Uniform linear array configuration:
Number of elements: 8
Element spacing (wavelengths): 0.25
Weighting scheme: kaiser
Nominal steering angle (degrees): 30
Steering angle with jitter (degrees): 30.201
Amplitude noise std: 0.05
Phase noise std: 0.05

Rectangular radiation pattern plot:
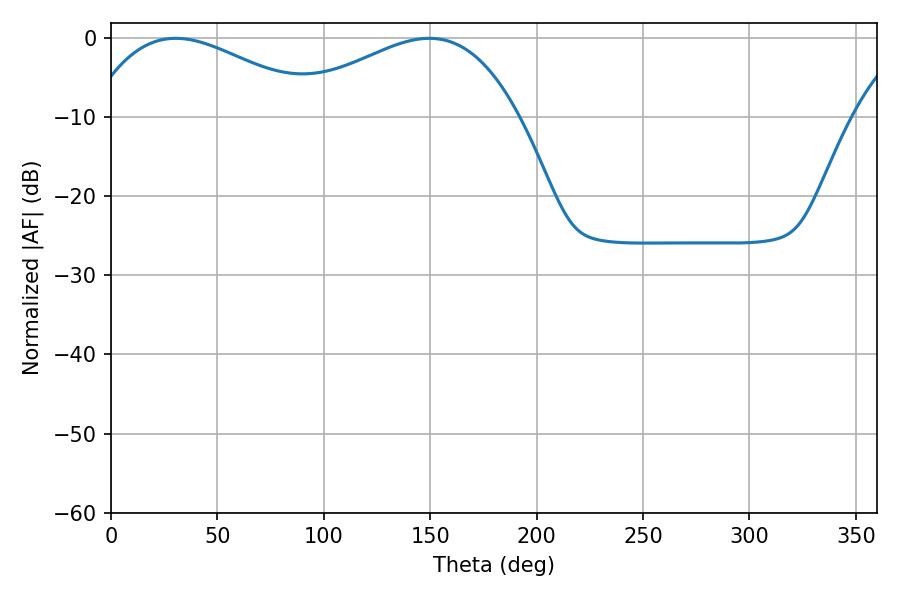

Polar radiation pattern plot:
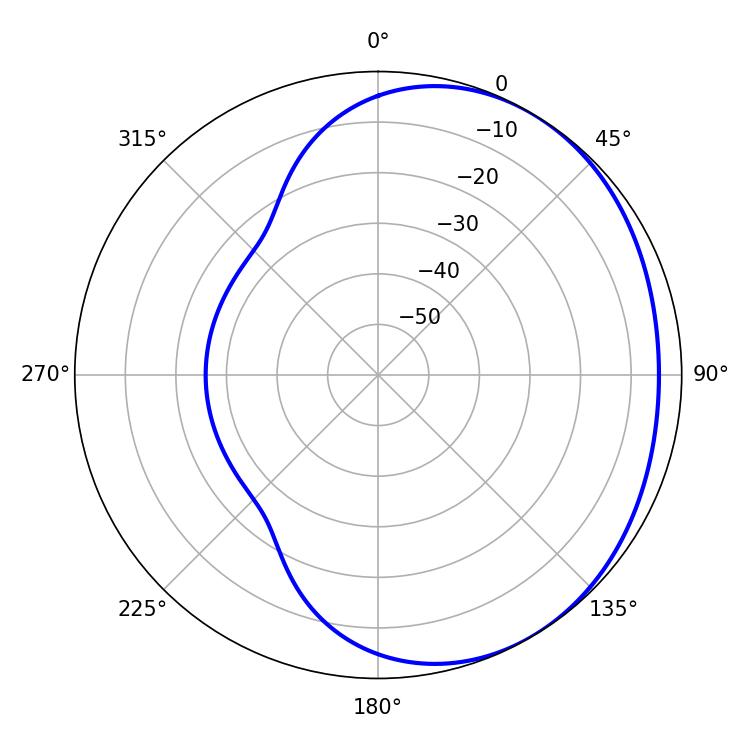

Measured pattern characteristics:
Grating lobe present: FALSE
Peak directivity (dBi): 2.121
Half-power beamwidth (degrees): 59.76
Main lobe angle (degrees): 30.42